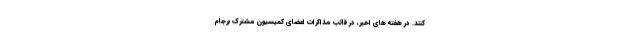
کنند. در هفته های اخیر، در قالب مذاکرات اعضای کمیسیون مشترک برجام